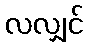
လလျှင်